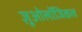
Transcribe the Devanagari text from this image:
ज़ूओलॉजिकल